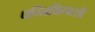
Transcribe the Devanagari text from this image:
पन्नियिन्पल्ली